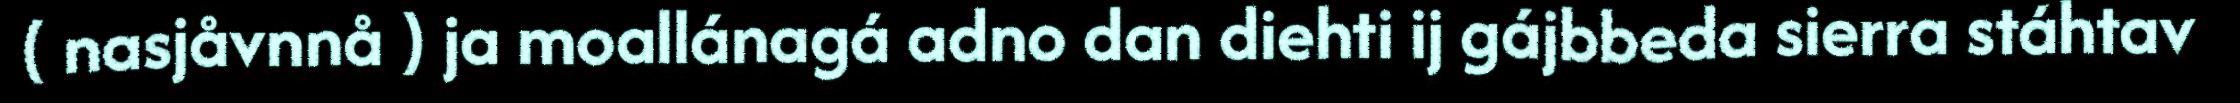
( nasjåvnnå ) ja moallánagá adno dan diehti ij gájbbeda sierra stáhtav